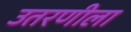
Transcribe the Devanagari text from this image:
उतरणीला